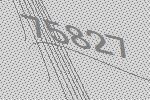
75827